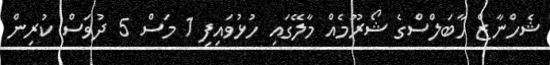
ޝެހްނާޒް ހާބަލްސްގެ ޝޯރޫމެއް މާލޭގައި ހުޅުވައިފި 1 މަސް 5 ދުވަސް ކުރިން